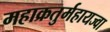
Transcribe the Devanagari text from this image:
महाक्रतुर्महायज्वा